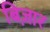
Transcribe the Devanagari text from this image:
बिज़ार